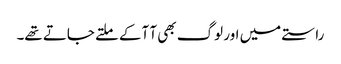
راستے میں اور لوگ بھی آ آکے ملتے جاتے تھے۔